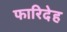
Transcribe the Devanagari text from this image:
फारिदेह